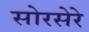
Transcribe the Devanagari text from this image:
सोरसेरे